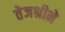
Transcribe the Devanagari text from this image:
तेजश्रीने